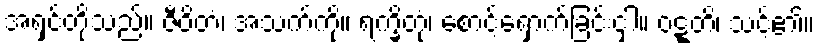
အရှင်တို့သည်။ ဇီဝိတံ၊ အသက်ကို။ ရက္ခိတုံ၊ စောင့်ရှောက်ခြင်းငှါ။ ဝဋ္ဋတိ၊ သင့်၏။